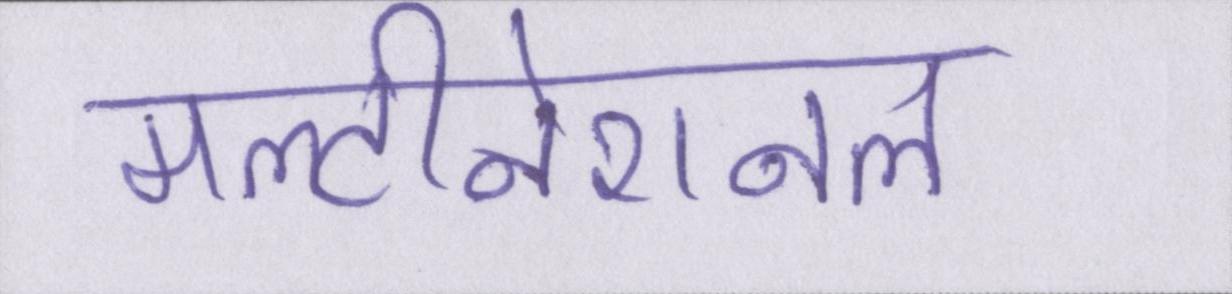
मल्टीनेशनल